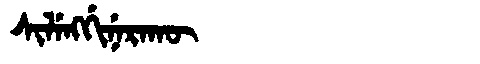
Manchu: ᠰᡳᠯᡝᠩᡤᡳᠨᡝᡵᠠᡴᡡ
Romanization: SILENGGINERAKŪ